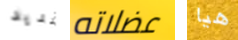
تمديد عضلاته هيا